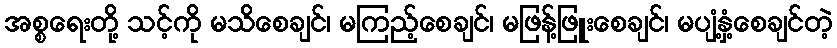
အစ္စရေးတို့ သင့်ကို မသိစေချင်၊ မကြည့်စေချင်၊ မဖြန့်ဖြူးစေချင်၊ မပျံ့နှံ့စေချင်တဲ့